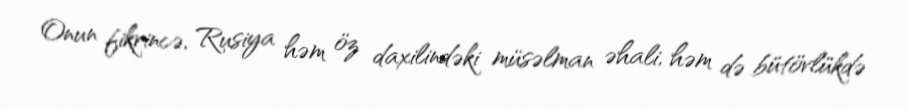
Onun fikrincə, Rusiya həm öz daxilindəki müsəlman əhali, həm də bütövlükdə